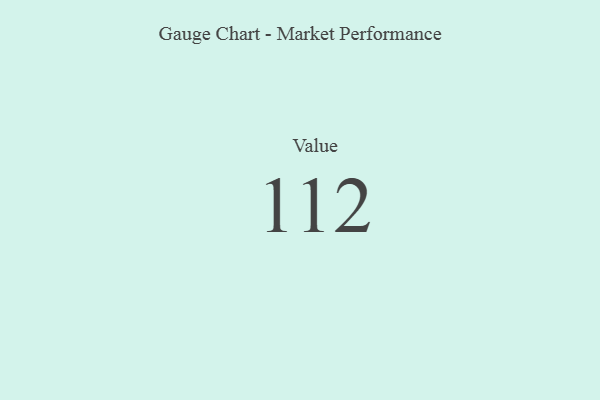
{"axis": {"x": "Metric", "y": "Value"}, "legend": [""], "data": [{"x": "Value", "y": 112, "type": ""}]}